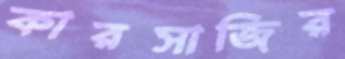
কারসাজির